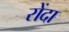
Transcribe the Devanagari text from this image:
रोंदा